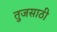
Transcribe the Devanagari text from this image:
तुजसाठी